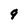
Character: 9